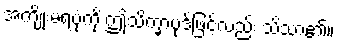
အကျိုးမရပုံကို ဤသိက္ခာပုဒ်ဖြင့်လည်း သိသာ၏။